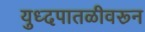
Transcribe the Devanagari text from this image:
युध्दपातळीवरून